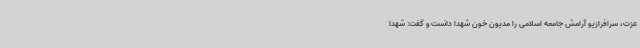
عزت، سرافرازیو آرامش جامعه اسلامی را مدیون خون شهدا دانست و گفت: شهدا